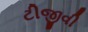
ટીજીવી